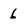
Character: 6